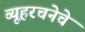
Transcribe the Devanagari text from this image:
व्यूहरचनेचे